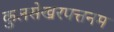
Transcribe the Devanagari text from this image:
कुलसेखरपत्तनम